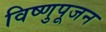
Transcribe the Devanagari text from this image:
विष्णुपूजन